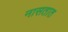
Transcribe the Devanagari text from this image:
नासतात